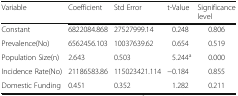
| Variable | Coefficient | Std Error | t-Value | Significance level |
 | --- | --- | --- | --- | --- |
 | Constant | 6822084.868 | 27527999.14 | 0.248 | 0.806 |
 | Prevalence(No) | 6562456.103 | 10037639.62 | 0.654 | 0.519 |
 | Population Size(n) | 2.643 | 0.503 | 5.244a | 0.000 |
 | Incidence Rate(No) | 21186583.86 | 115023421.114 | −0.184 | 0.855 |
 | Domestic Funding | 0.451 | 0.352 | 1.282 | 0.211 |